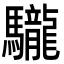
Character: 䮾